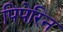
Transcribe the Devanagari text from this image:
पिपेरिन